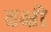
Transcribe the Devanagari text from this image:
वक्षी